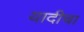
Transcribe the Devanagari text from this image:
यादीचा